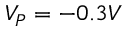
V _ { P } = - 0 . 3 V